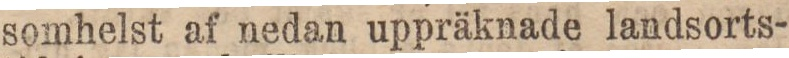
somhelst af nedan uppräknade landsorts-